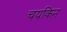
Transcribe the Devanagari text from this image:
चयकिन